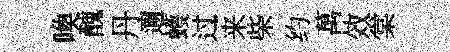
喚醜丹邇蠖过来柴约萬效棠